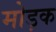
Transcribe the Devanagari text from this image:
मोड़क